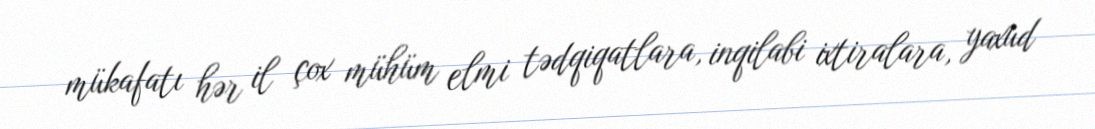
mükafatı hər il çox mühüm elmi tədqiqatlara, inqilabi ixtiralara, yaxud